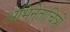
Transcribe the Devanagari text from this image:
अभिनेताचित्रों